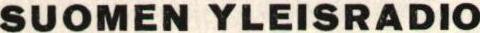
SUOMEN YLEISRADIO